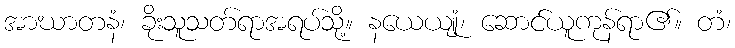
အာဃာတနံ၊ ခိုးသူသတ်ရာအရပ်သို့။ နယေယျုံ၊ ဆောင်ယူကုန်ရာ၏။ တံ၊